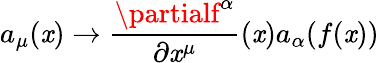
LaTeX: a_{\mu}(\mathit{x})\to\frac{{\partialf^{\alpha}}}{{\partial\mathit{x}^{\mu}}}(\mathit{x})a_{\alpha}(f(\mathit{x}))